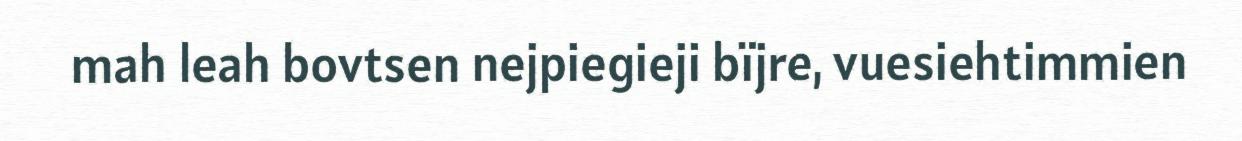
mah leah bovtsen nejpiegieji bïjre, vuesiehtimmien